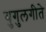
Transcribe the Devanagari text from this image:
युगुलगीते